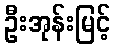
ဦးအုန်းမြင့်